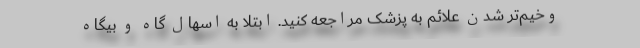
وخیم‌تر شدن علائم به پزشک مراجعه کنید. ابتلا به اسهال گاه و بیگاه